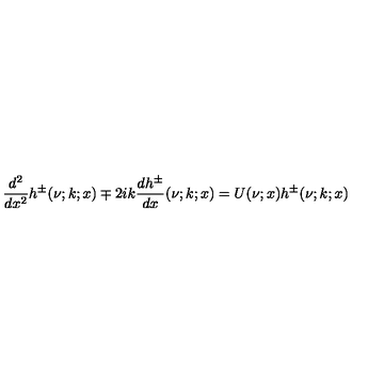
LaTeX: \frac { d ^ { 2 } } { d x ^ { 2 } } h ^ { \pm } ( \nu ; k ; x ) \mp 2 i k \frac { d h ^ { \pm } } { d x } ( \nu ; k ; x ) = U ( \nu ; x ) h ^ { \pm } ( \nu ; k ; x )